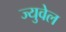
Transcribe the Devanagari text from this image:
ज्युवेल